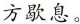
方歇息。